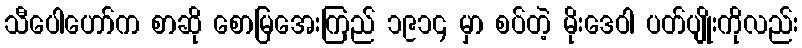
သီပေါဟော်က စာဆို စောမြအေးကြည် ၁၉၁၄ မှာ စပ်တဲ့ မိုးဒေဝါ ပတ်ပျိုးကိုလည်း